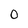
Character: O